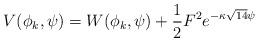
LaTeX: \begin{align*} {V(\phi_k,\psi)=W(\phi_k,\psi)+\frac{1}{2}F^2e^{-\kappa\sqrt{14}\psi}}\end{align*}